65_HS1-834228961_62-HQ-83894_Section_10
Agency: FBI
Page 167
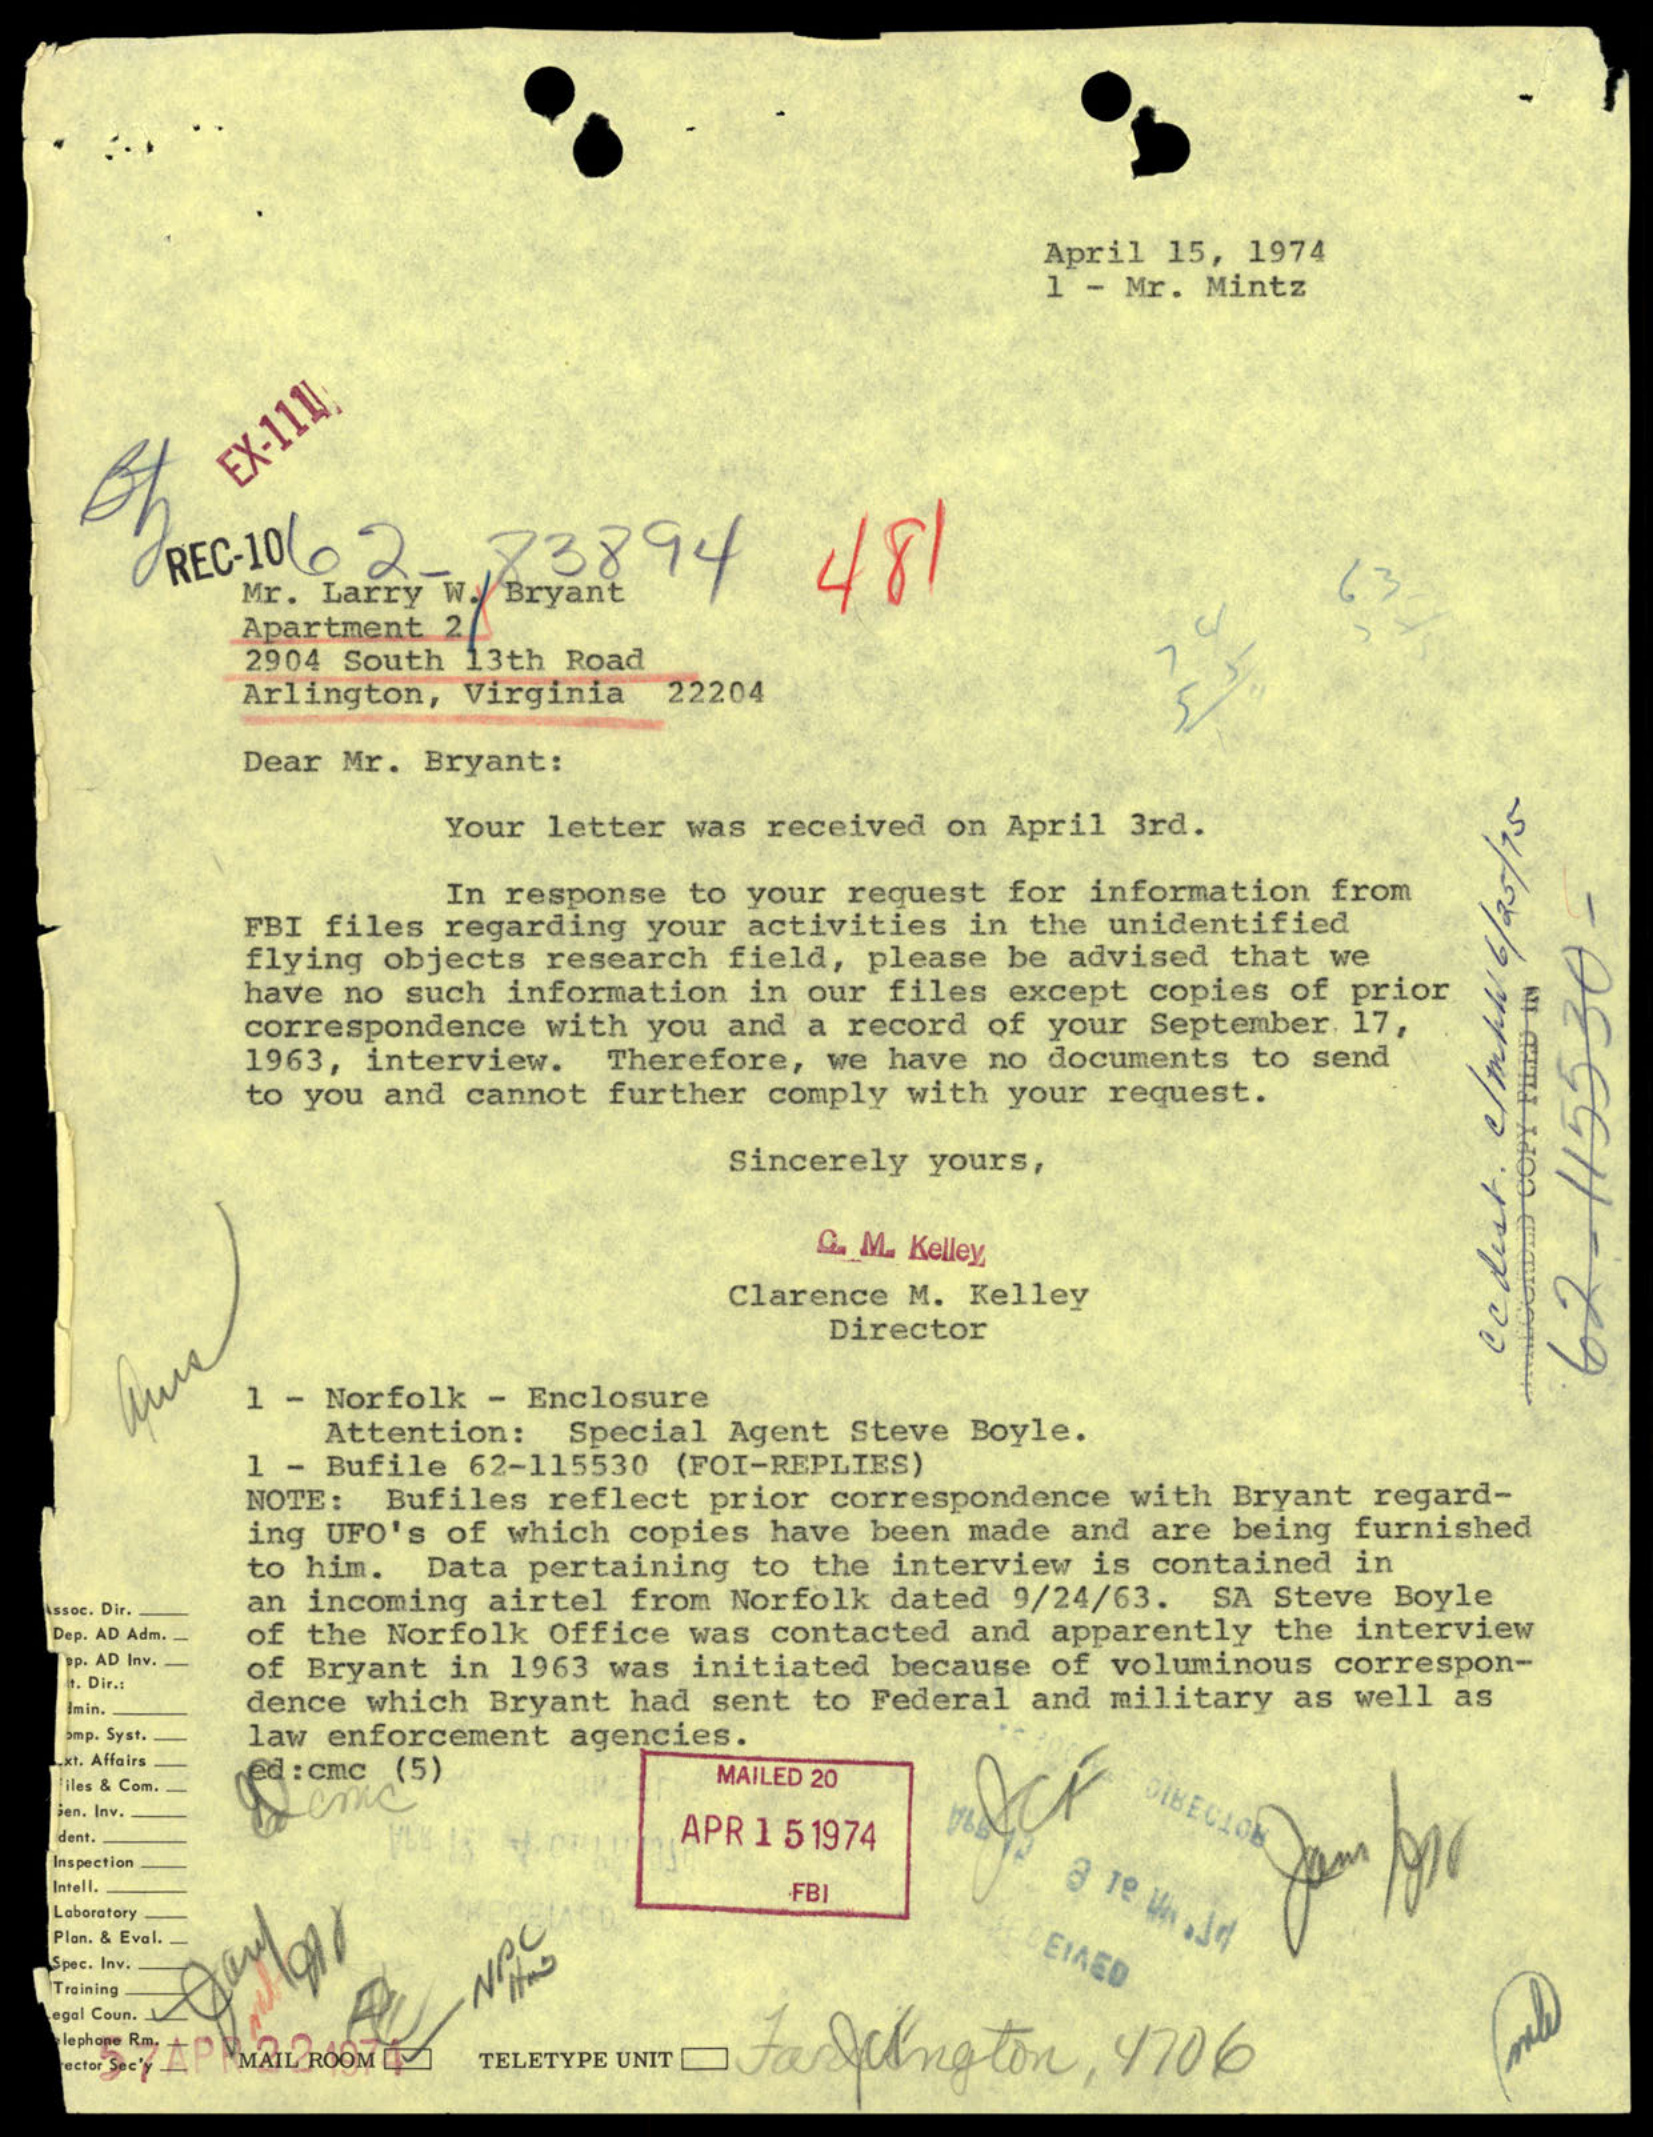